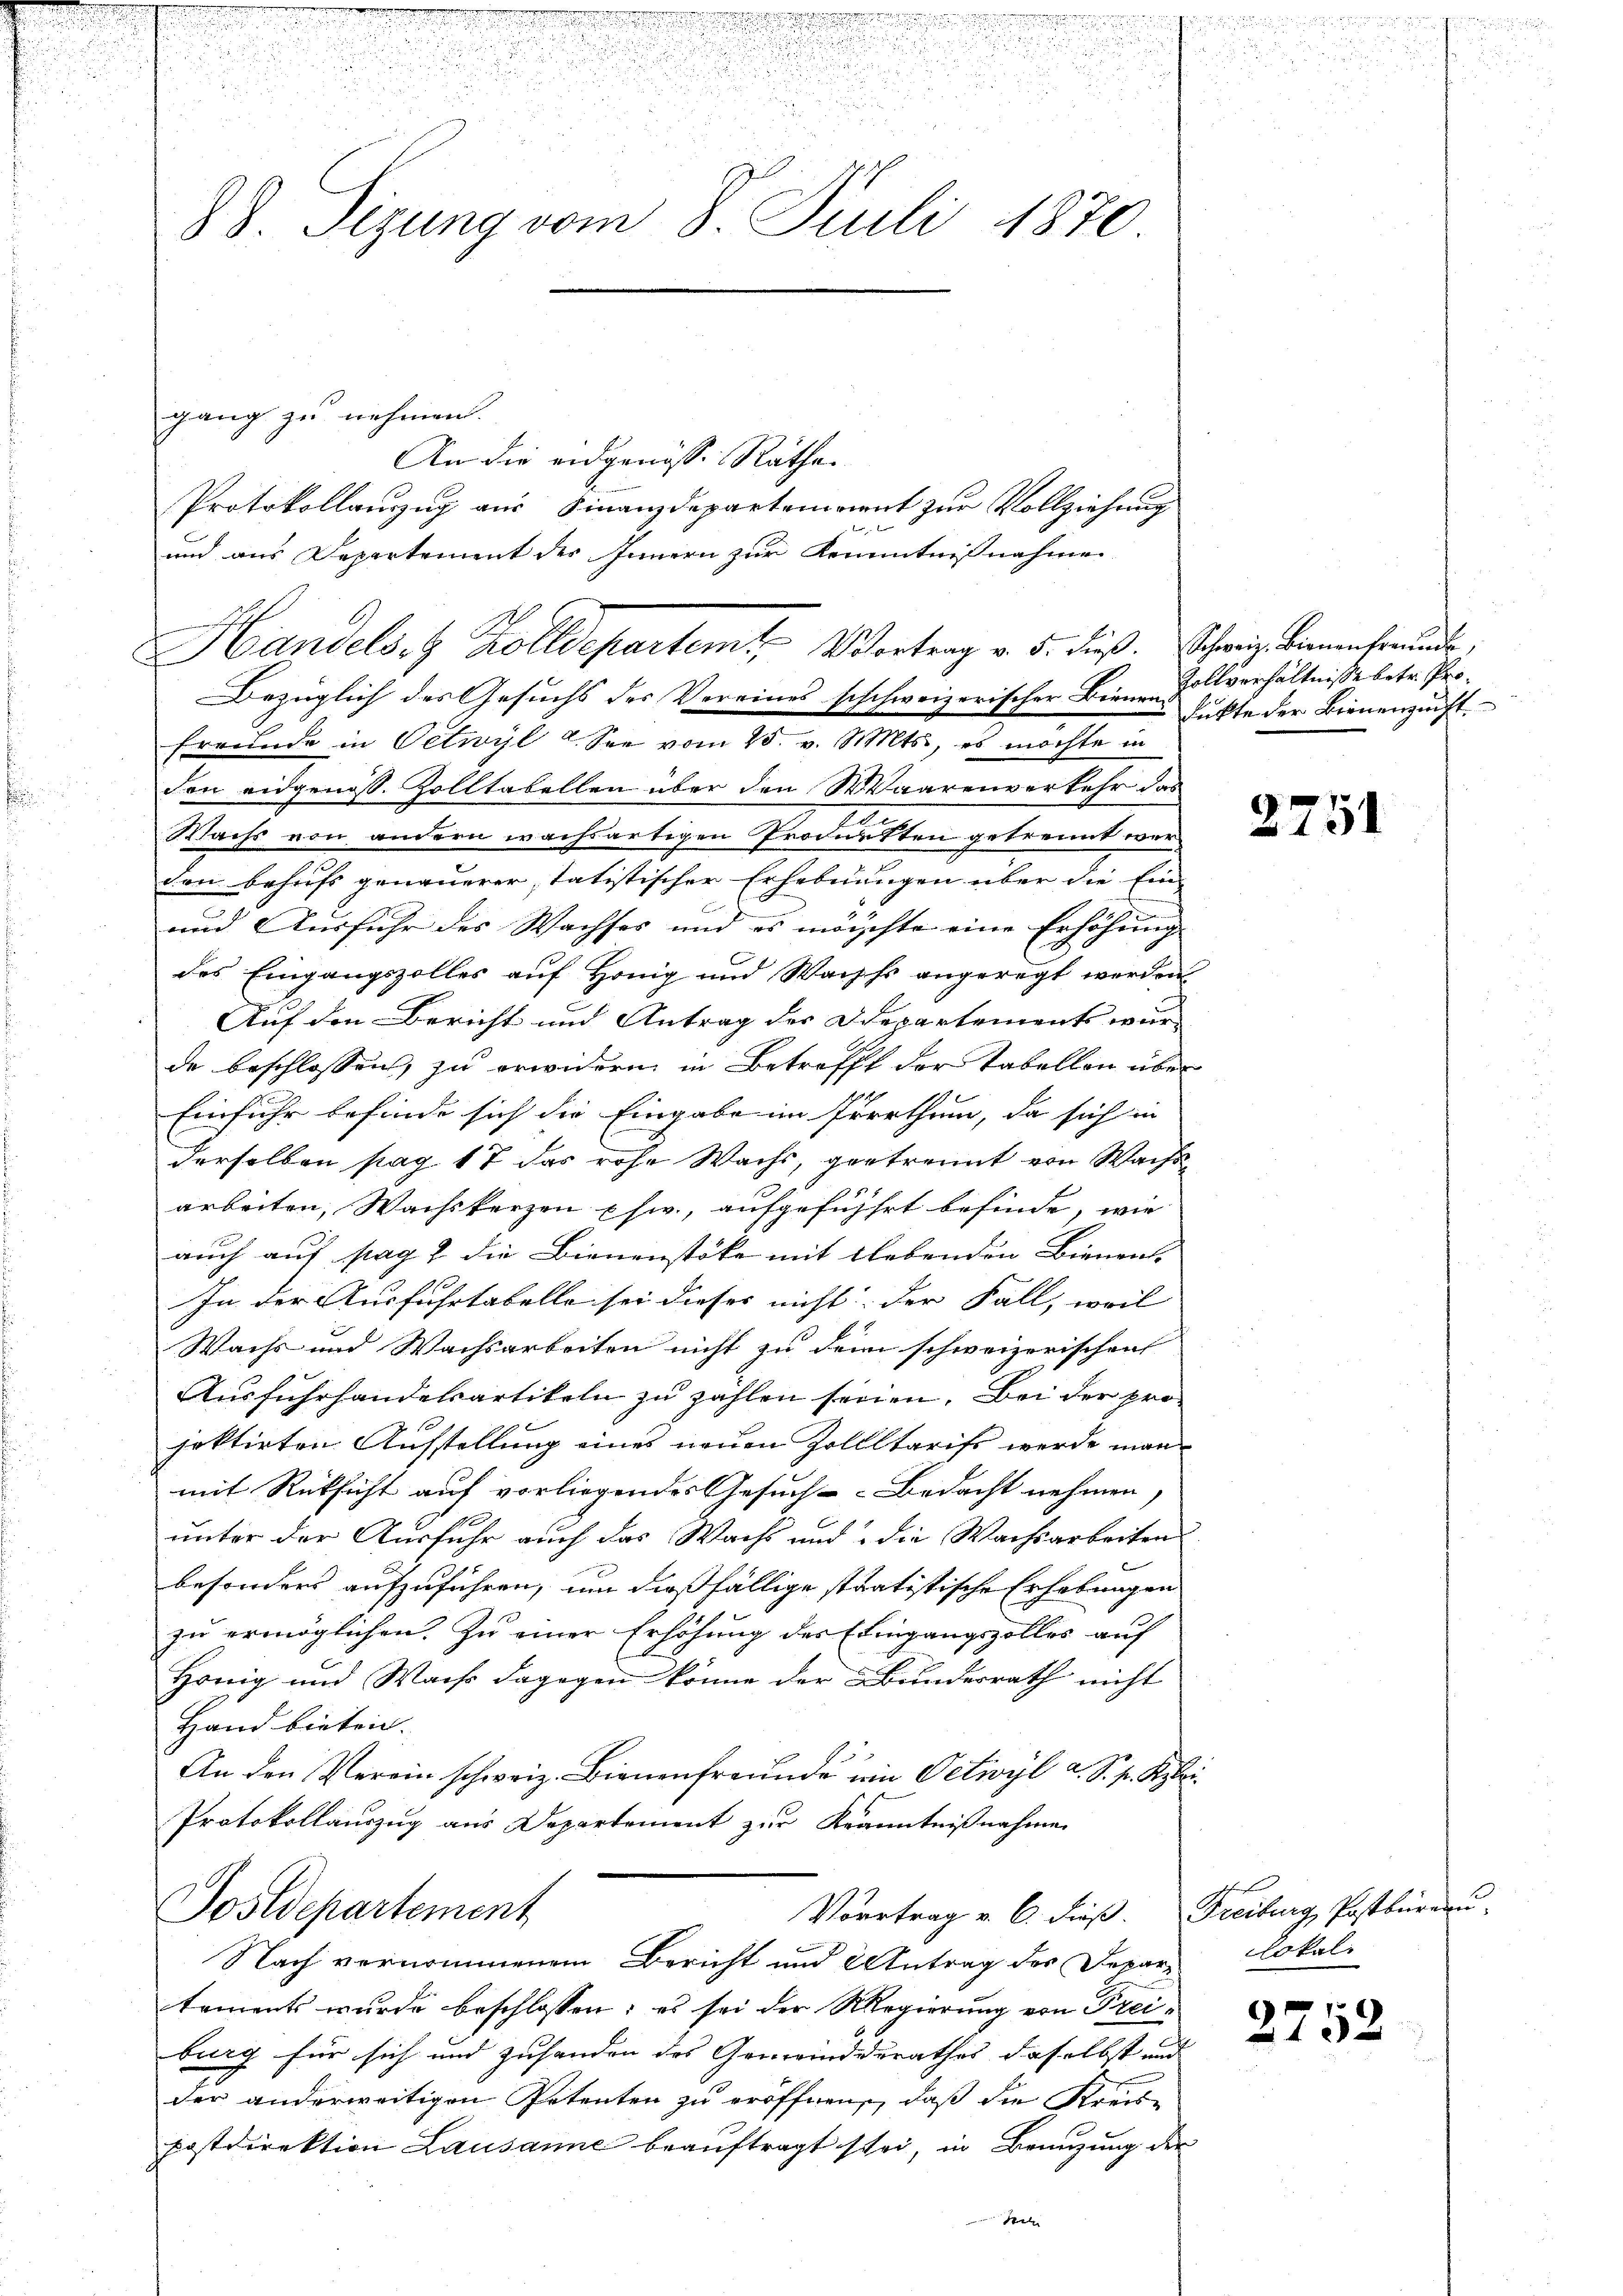
n
u
u

.
.
2
.

d

88. Sizung vom 8. Juli 1870.

gang zu nehmen.
Bezüglich des Gesuchs des Vereines schchweizerischer Bienen
Errunde in Oetwyl u. See vom 25. v. Mts., es möchte in
den eidgenoss. Zolltabellen über den Waarenverkehr das
Wachs von andern wachsartigen Produkten getrennt werdon behufs genauerer statistischer Erhebungen über die Ein-
und Ausfuhr des Wachses und es möchte eine Erhöhung
des Eingangszolles auf Honig und Wachst angeregt werden
Auf den Bericht und Antrag der Departement wur
de beschlossen, zu erwidern in Betrifft der Tabellen über
Einfuhr befinde sich die Eingabe im Irrrthum, da sich in
derselben pag. 17 das rohe Wachs, gestrennt von Wachs
arbeiten, Wachskerzen usw., aufgeführt befinde, wie
auch auf pag. 2 die Bienenstöke mit lebenden Bienen. |
In der Ausfuhrtabelle sei dieses nicht: der Fall, weil |
Wachs und Wachsarbeiten nicht zu dem schweizerischen
Ausfuhrhandelsartikeln zu zahlen seinen. Bei der pro
jektirten Aufstellung eines neuen Zollltarift werde man
mit Rücksicht auf vorliegendes Gesuch-Bedacht nehmen
unter der Ausfuhr auch das Wachs und die Wachsarbeiten
besonders aufzuführen, um dießfällige stratistische Erhebungen
zu ermöglichen. Zu einer Erhöhung des Eingangszolles auf
Honig und Wachs dagegen könne der Bundesrath nicht
Hand bieten.
1
An den Verein schweiz. Bienenfreunde ein Oetwyl a. S. p. Kei
Protokollauszug aus Departement zur Kranntnißnahmen
Sostdepartement
Vortrag v. 6. dieß. Freiburg, Postbüreau-
Nach vernommenem Bericht und Antrag des Departements wurde beschlossen: es sei der Regierung von Freiburg für sich und zuhanden des Gemeinderathes daselbst und
der anderweitigen Petenten zu eröffnen, daß die Streispostdirektion Lausanne beauftragt sei, in Benuzung der
Sch

An die eidgenösse Räthe
Protokollauszug aus Finanzdepartement zur Vollziehung

und aus Departement des Innern zur Kenntnißnahme
Handels- & Zolldepartem Vortrag v. 5. Fuß. Schweiz binnenfreunde

Zollverhältnisse betr. Produkte der Bienenzunft

2751

Lokal.

2752